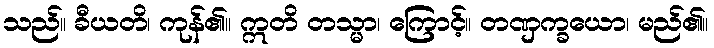
သည်။ ခီယတိ၊ ကုန်၏။ ဣတိ တသ္မာ၊ ကြောင့်။ တဏှက္ခယော၊ မည်၏။